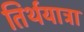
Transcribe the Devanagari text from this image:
तिर्थयात्रा